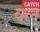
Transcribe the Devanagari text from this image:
क्ल